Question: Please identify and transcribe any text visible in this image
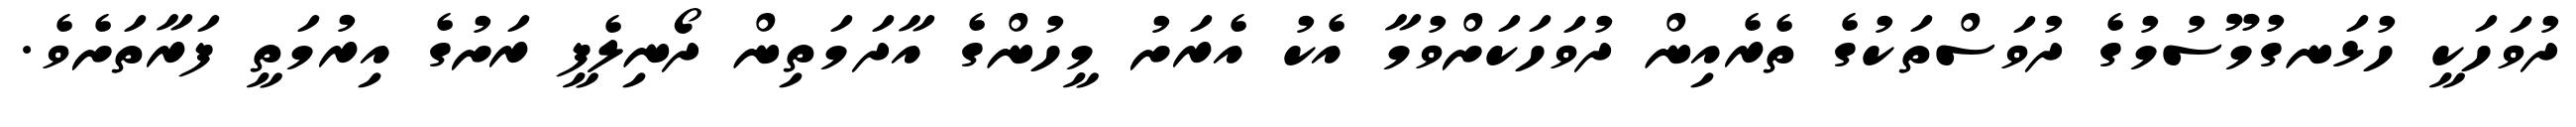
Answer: ދުވަހަކީ ހުޅަނގުމޫސުމުގެ ދުވަސްތަކުގެ ތެރެއިން ދުވަހަކަށްވުމާ އެކު އެރަށު މީހުންގެ އާދަމަތިން ދޯނިލެފީ ރަށުގެ އިރުމަތީ ފަރާތަށެވެ.